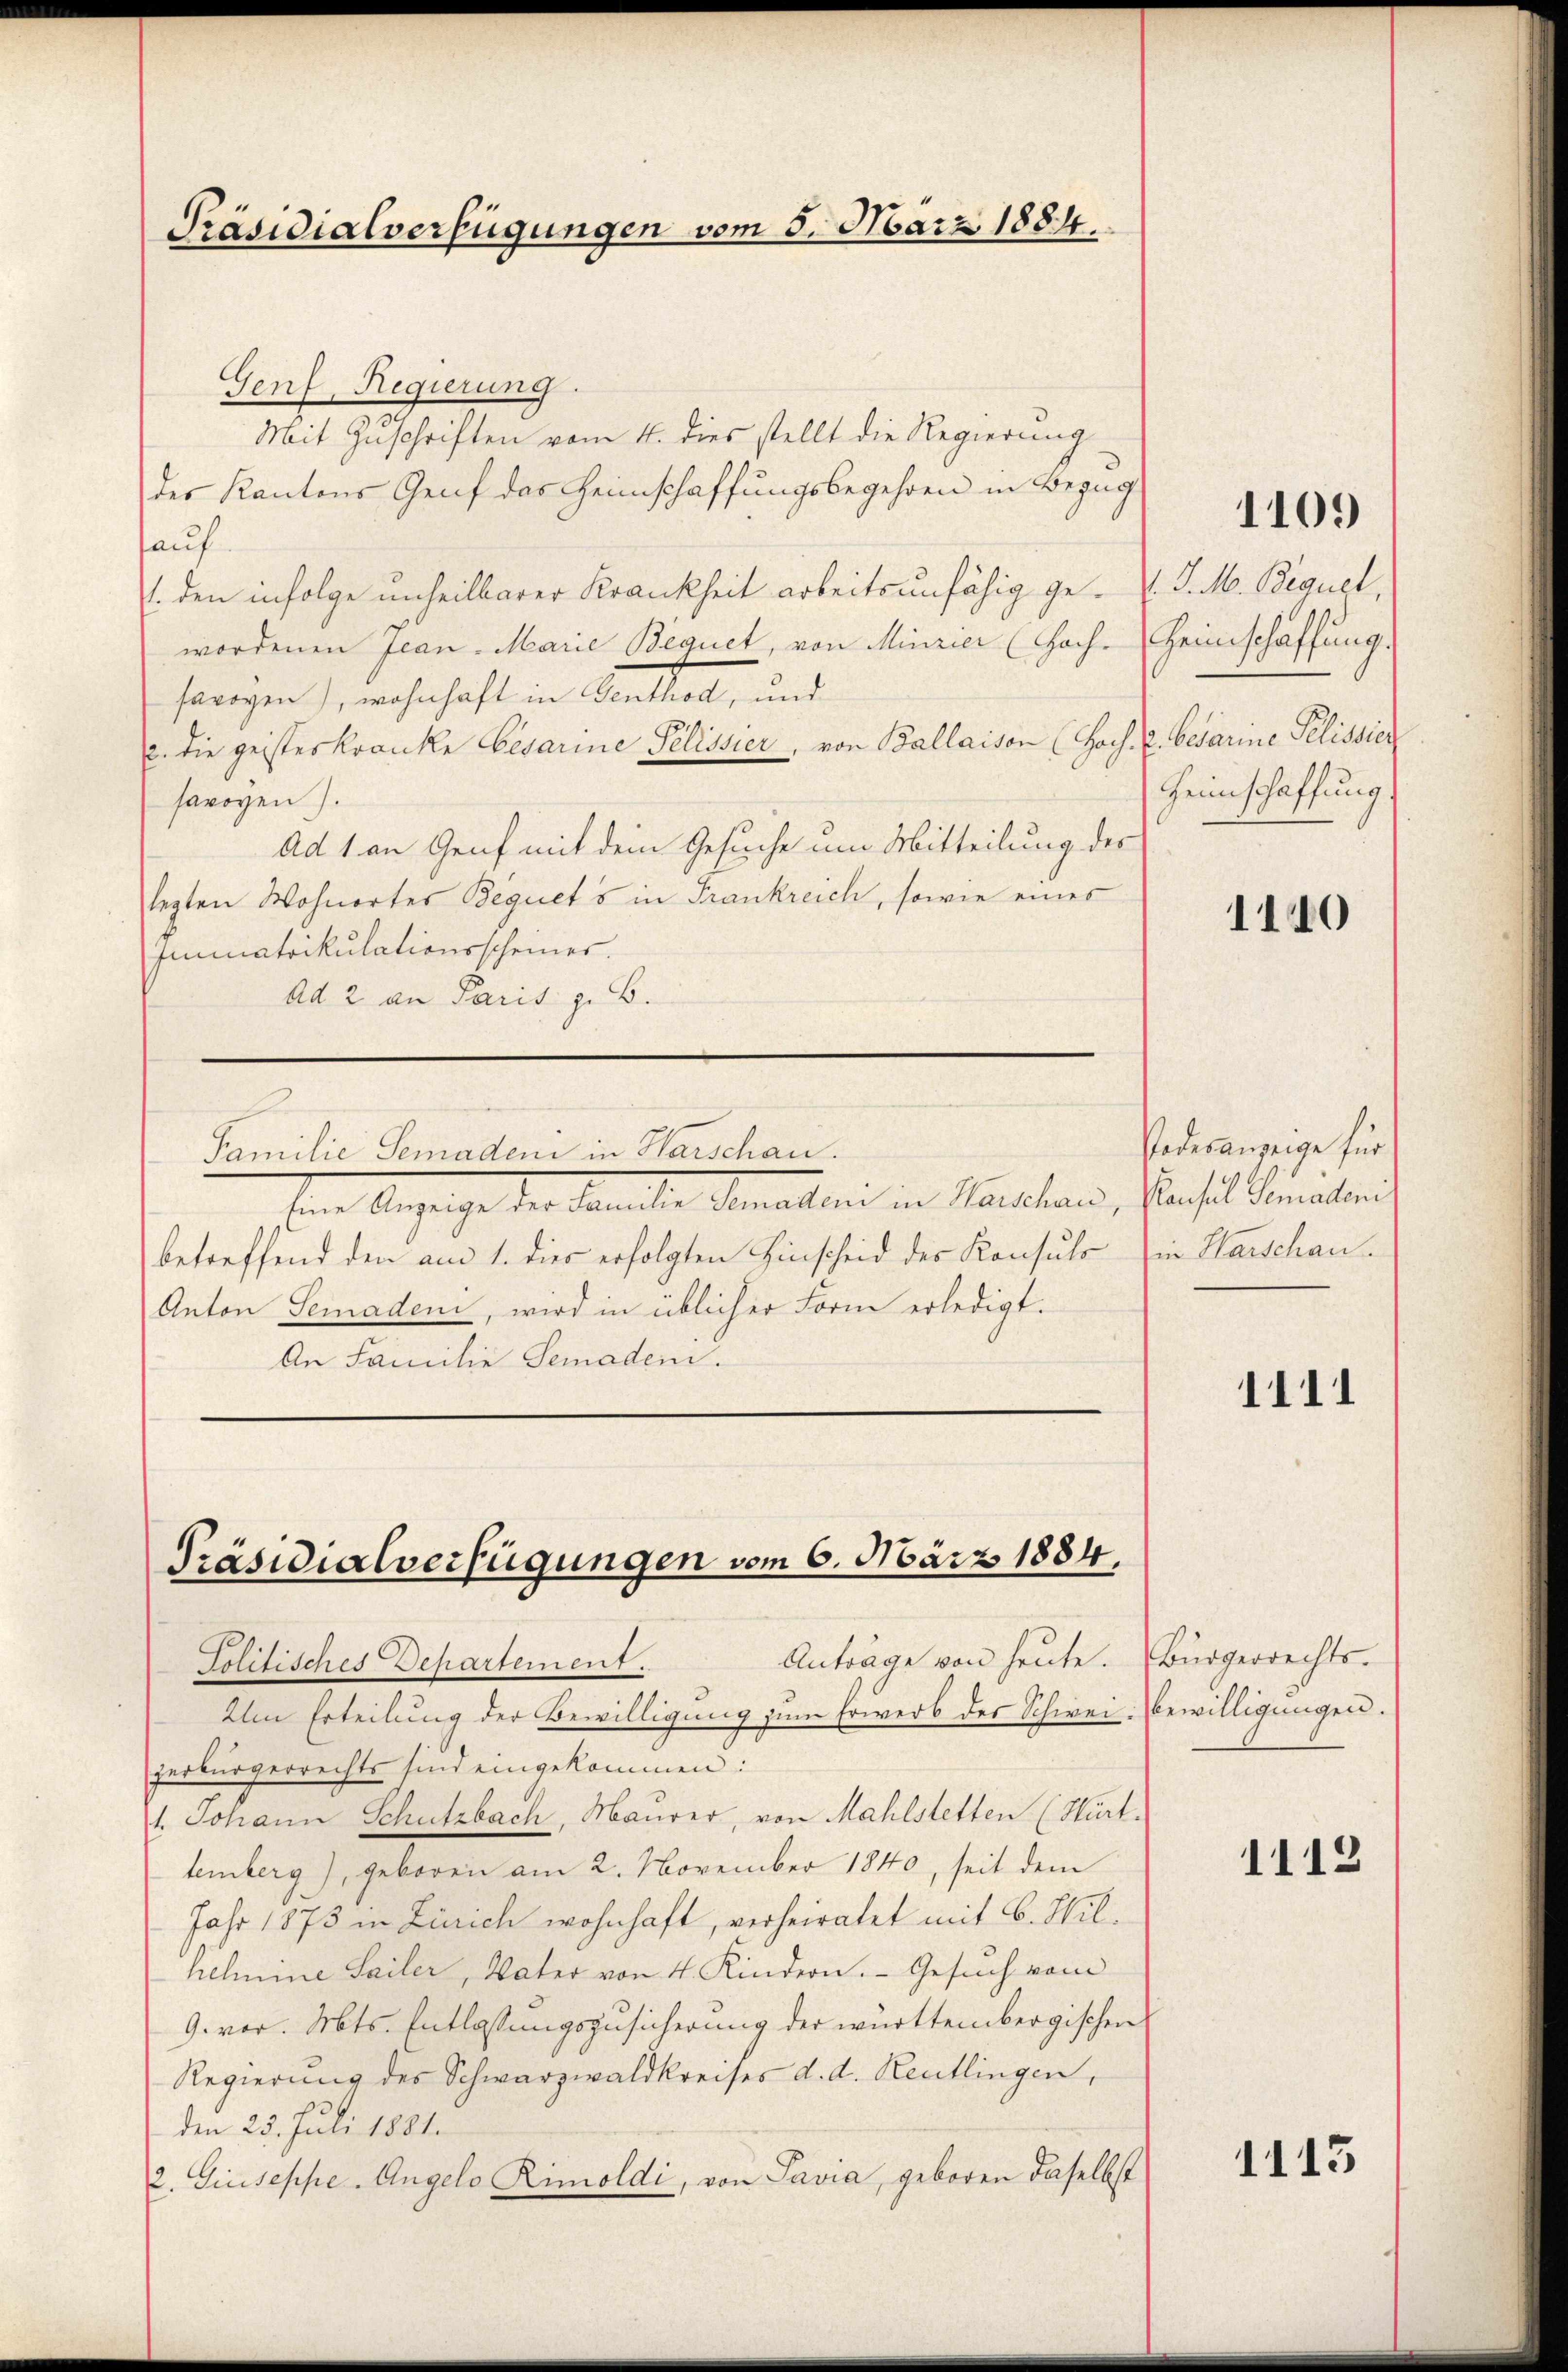
Genf, Regierung.
Mit Zuschriften vom 4. dies stellt die Regierung
des Kantons Genf das Heimschaffungsbegehren in Bezug
hauf
1. den infolge unheilbarer Krankheit arbeitsunfähig ge- J. M. Beguel,
wordenen Jean - Marie Bequet, von Minzier (Hoch-Heimschaffung.
savoyen), wohnhaft in Genthod, und
. die geisteskranke besarme Pelissier, von Ballaison (Hoch. 2. besarine Pelissier
savoyen).
Ad 1 an Genf mit dem Gesuche um Mitteilung des
legten Wohnorter Bequets in Frankreich, sowie eines
Immatrikulationsscheiner.
Ad 2 an Paris z. B.

Präsidialverfügungen vom 5. März 1884.

Familie Semadeni in Warschau.
bene Anzeige der Familie Semesteri in Nachlan
betreffend den am 1. dies erfolgten Hinscheid des Konsuls
Anton Semaden, wird in üblicher Form erledigt.
An Familie Semadeni.

Präsidialverfügungen vom 6. März 1884.

Politisches Departement.
Um Erteilung der Bewilligung zum Erwerb des Schwei- Bewilligungen.
zerbürgerrechts sind eingekommen:
1. Johann Schutzbach, Maurer, von Mahlstetten (Hürt.
temberg), geboren am 2. November 1840, seit dem
Jahr 1873 in Zürich wohnhaft, verheiratet mit 6. Wilhelmine Sailer, Vater von 4 Kindern. Gesuch vom
9. vor. Mts. Entlassungszusicherung der württembergischen
Regierung des Schwarzwaldkreises d. d. Reutlingen,
den 25. Juli 1881.
2. Giuseppe-Angelo Rimoldi, von Savia, geboren daselbst

Anträge von heute. Bürgerrechts-

1109

Heimschaffung

1140

Todesanzeige für
Kaufel Gemälleni
in Harschau.

1111

1112

1113